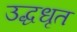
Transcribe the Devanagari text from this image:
उद्धधृत